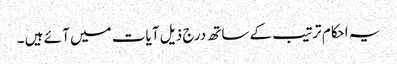
یہ احکام ترتیب کے ساتھ درج ذیل آ یات میں آ ئے ہیں ۔